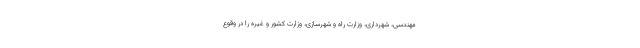
مهندسی، شهرداری، وزارت راه و شهرسازی، وزارت کشور و غیره را در وقوع